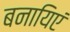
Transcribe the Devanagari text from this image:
बनायिएं